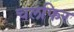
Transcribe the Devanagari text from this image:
चलफिर